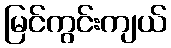
မြင်ကွင်းကျယ်